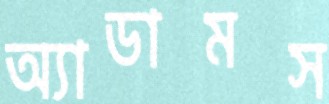
অ্যাডামস